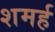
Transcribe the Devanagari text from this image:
शमर्ह